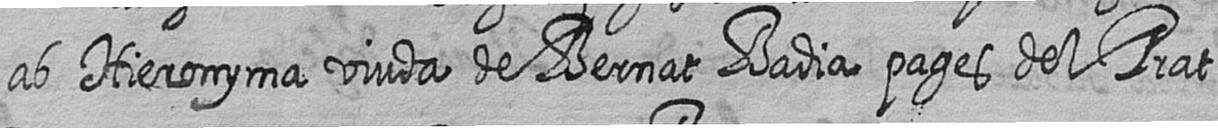
ab Hieronyma viuda de Bernat Badia pages del Prat